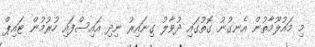
މި މައުލޫމާތުން އެނގުނު ގޮތުގައި ދުވާލު ގިނައިރު ނިދި އައިސްފައި ހުރުމުން ޓައިޕް